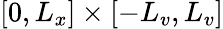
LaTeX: [0,L_{x}]\times[-L_{v},L_{v}]